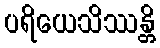
ပရိယေသိဿန္တိ